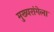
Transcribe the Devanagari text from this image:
मुख्यरांगेला